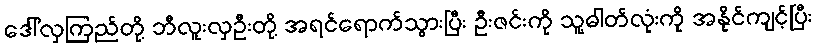
ဒေါ်လှကြည်တို့ ဘီလူးလှဦးတို့ အရင်ရောက်သွားပြီး ဦးဇင်းကို သူ့ဓါတ်လုံးကို အနိုင်ကျင့်ပြီး